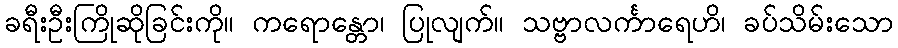
ခရီးဦးကြိုဆိုခြင်းကို။ ကရောန္တော၊ ပြုလျက်။ သဗ္ဗာလင်္ကာရေဟိ၊ ခပ်သိမ်းသော